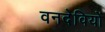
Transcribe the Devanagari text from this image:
वनदेवियों